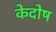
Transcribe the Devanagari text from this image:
केदोष